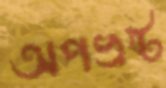
অপভ্রষ্ট